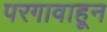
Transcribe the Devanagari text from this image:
परगावाहून